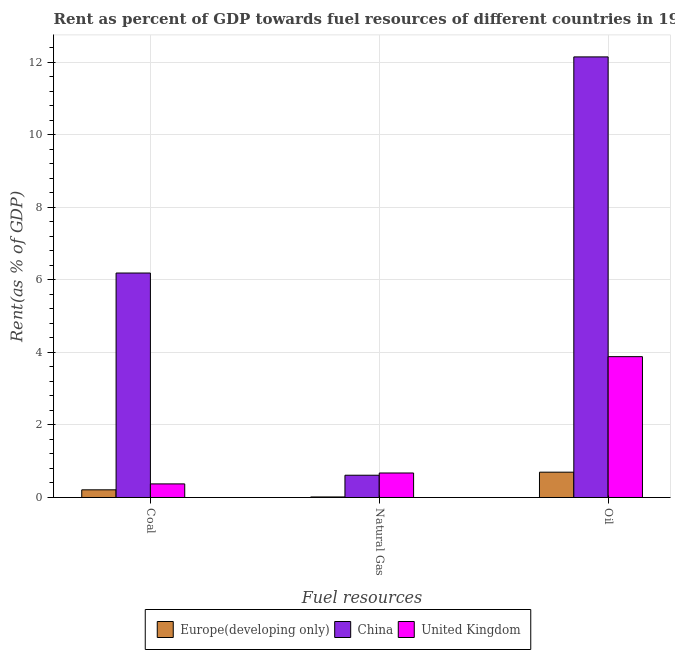
| Fuel resources | Europe(developing only) | China | United Kingdom |
 | --- | --- | --- | --- |
 | Coal | 0.212 | 6.19 | 0.375 |
 | Natural Gas | 0.0152 | 0.614 | 0.675 |
 | Oil | 0.697 | 12.1 | 3.88 |